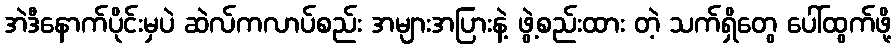
အဲဒီနောက်ပိုင်းမှပဲ ဆဲလ်ကလာပ်စည်း အများအပြားနဲ့ ဖွဲ့စည်းထား တဲ့ သက်ရှိတွေ ပေါ်ထွက်ဖို့